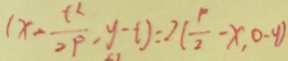
( x - \frac { t ^ { 2 } } { 2 p } , y - t ) = 2 ( \frac { 1 } { 2 } - x , 0 - y )